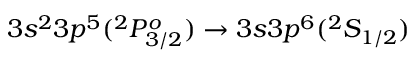
3 s ^ { 2 } 3 p ^ { 5 } ( ^ { 2 } P _ { 3 / 2 } ^ { o } ) \rightarrow 3 s 3 p ^ { 6 } ( ^ { 2 } S _ { 1 / 2 } )